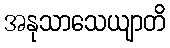
အနုသာသေယျာတိ